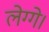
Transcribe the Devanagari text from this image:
लेग्गे।